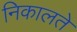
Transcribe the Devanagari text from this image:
निकालते